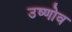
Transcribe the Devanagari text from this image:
उष्णोव